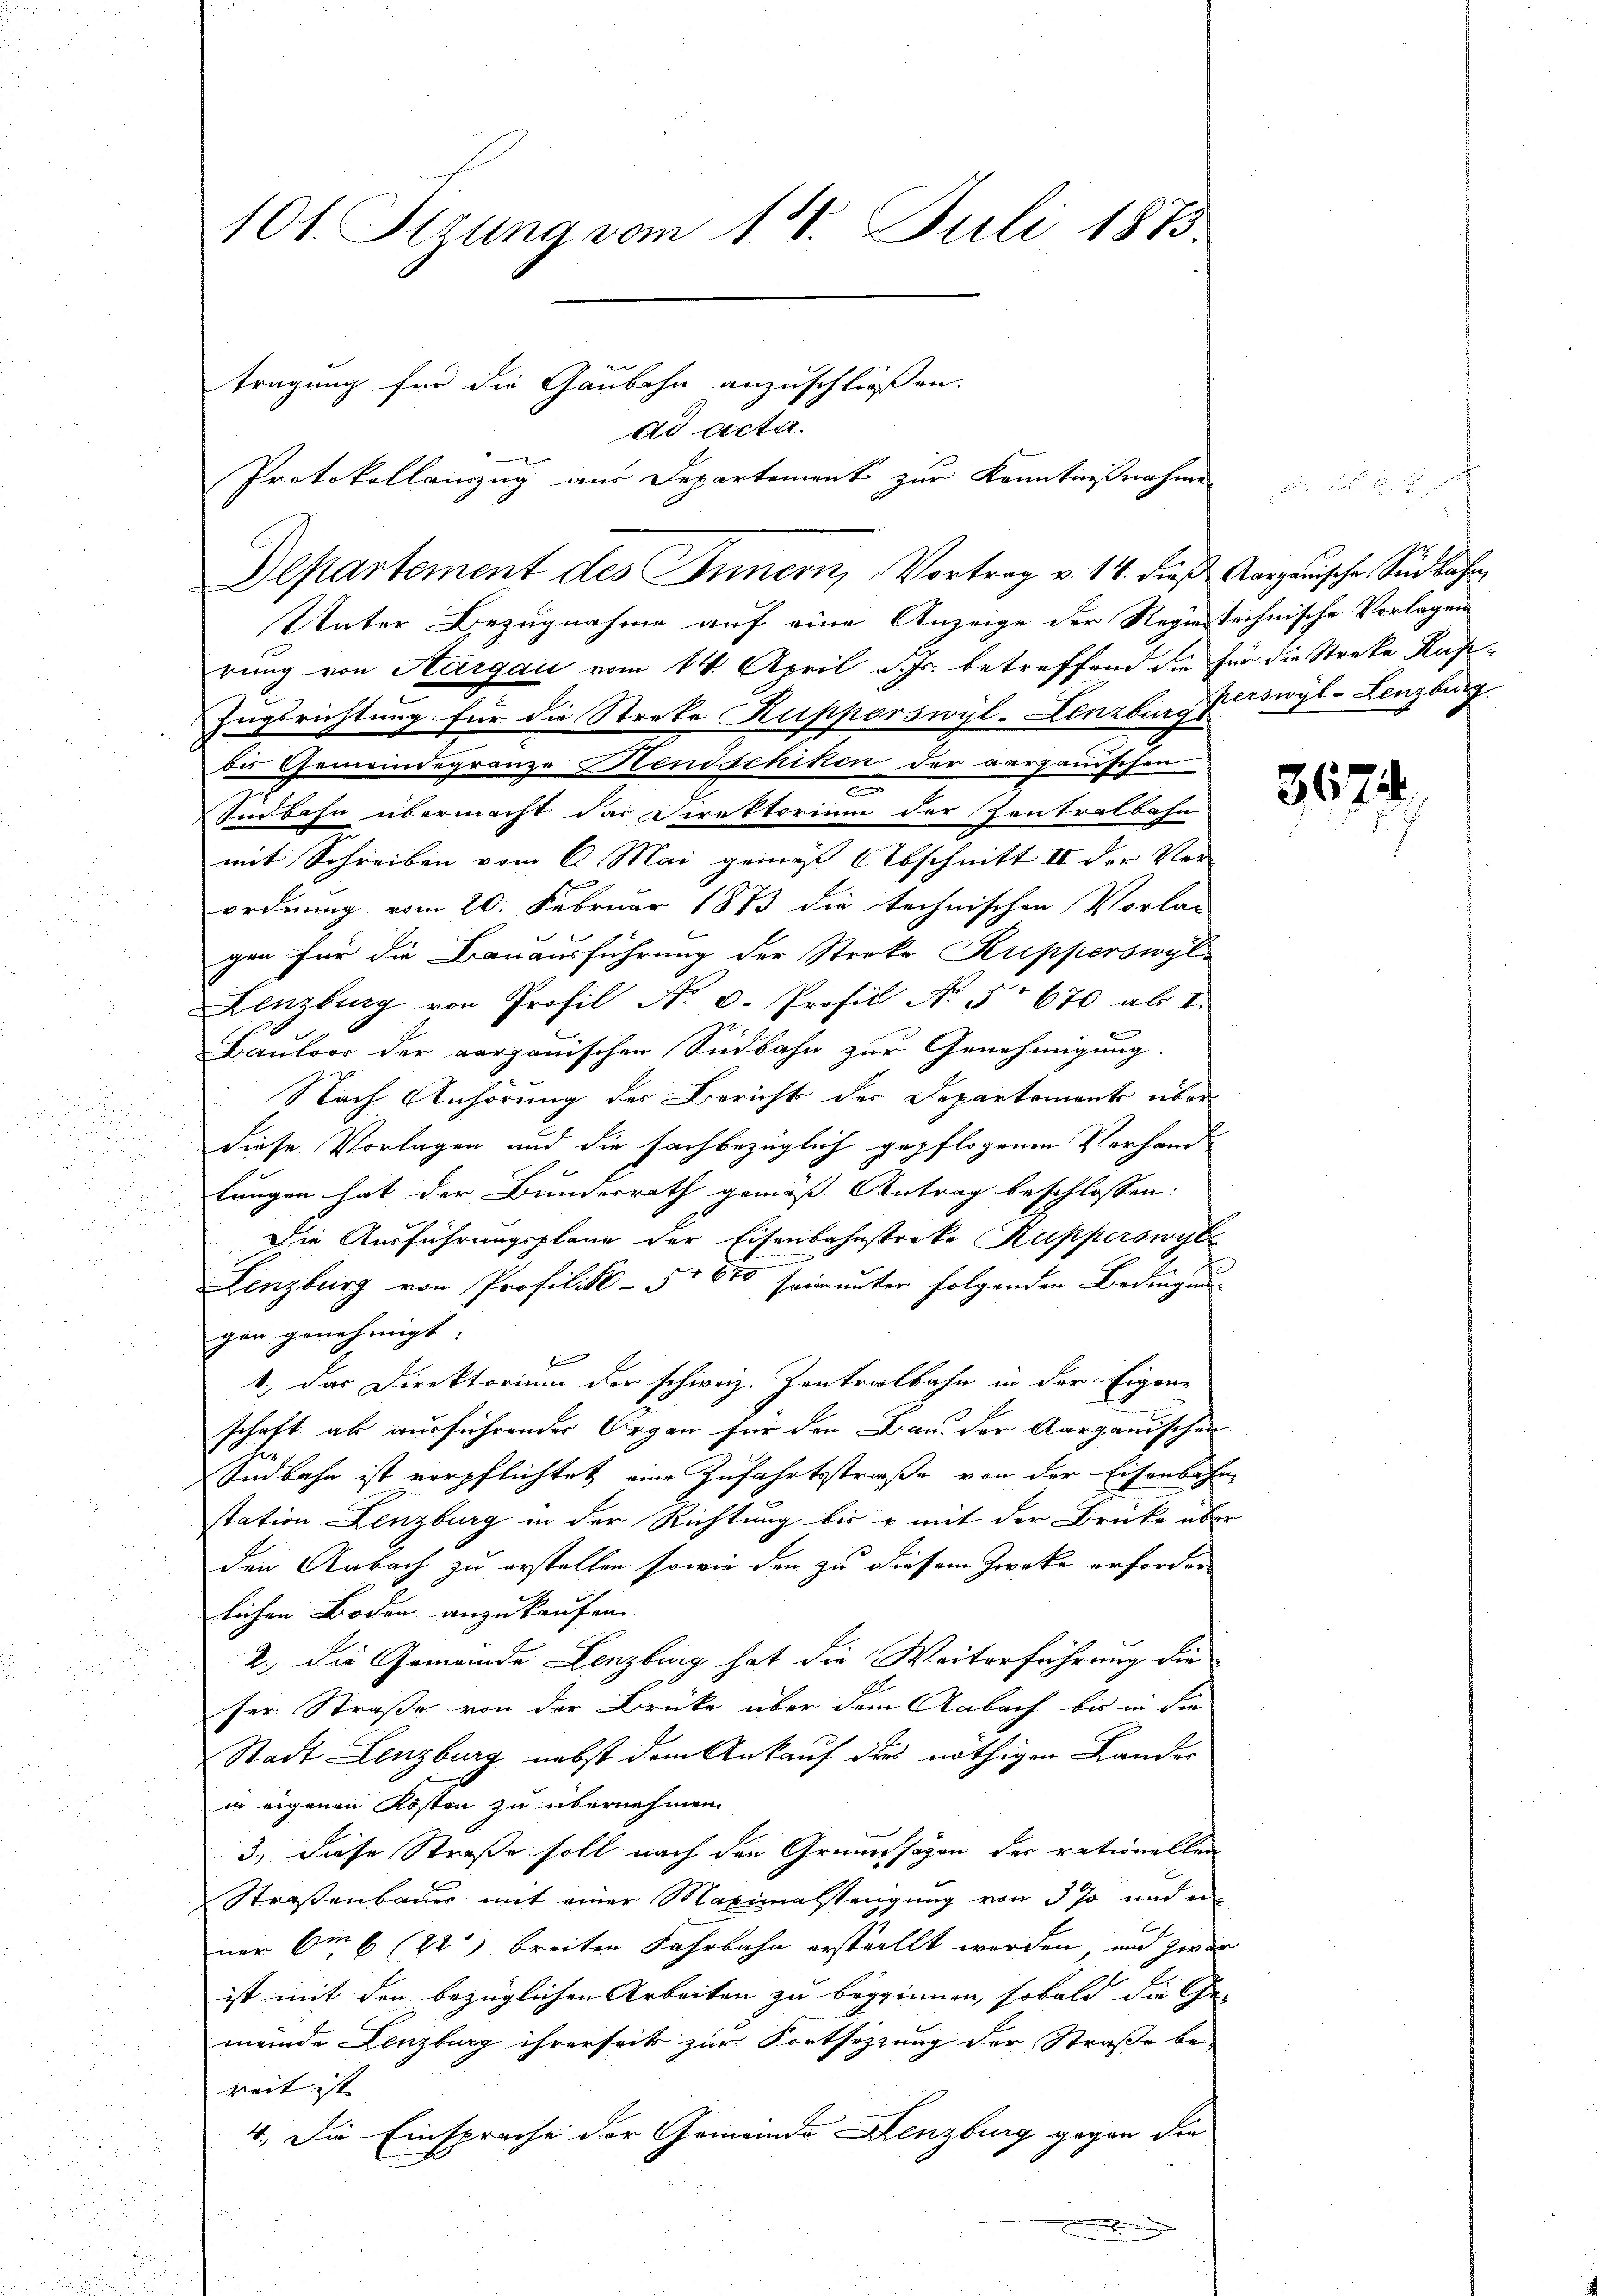
101. Szuna vom 14. Juli 1883.
tragung für die Gaubahn anzuschließen.
ad acta.
Protokollauszug aus Departement zur Kenntnißnahme

Unter Bezugnahme auf eine Anzeige der Registechnische Vorlagen
rung von Aargau vom 14. April d. Js. betreffend die für die Streke Rufe¬
Zugsrichtung für die Streke Kupperswyl-Lenzburg Ziswyl-Lenzburg
bis Gemeindegränze Hendschiken der aargauischen
n
Indbahn übermacht dar Direktorium der Zentralbahn
mit Schreiben vom 6. Mai gemäß Abschnitt II der Verordnung vom 20. Februar 1873 die technischen Vorlag
gen für die Bauausführung der Streke Kupperswyl
Lenzburg von Profil No 6. Profil No 5 670 ab u.
Bauloos der aargauischen Südbahn zur Genehmigung.
Nach Anhörung der Bericht der Departement über
diese Vorlagen und die fachbezüglich gepflogenen Vorhandlungen hat der Bundesrath gemäss Antrag beschlossen:
Die Ausführungsplane der Eisenbahnstreke Rupperswyl
n
Lenzburg von Profilik-51 610 seiner unter folgenden Bedingung
gen genehmigt.
se
1., das Direktorium der schweiz. Zentralbahn in der Eigene
schaft ab ausführender Organ für den Bau der Aargauischen
Sndbahn ist verpflichtet eine Zufahrtsstraße von der Eisenbahn-
station Lenzburg in der Richtung bis u mit der Brücke über
den Aabach zu erstellen sowie den zu diesem Zwecke erforder
lichen Boden anzukaufen.
2.) Die Gemeinde Lenzburg hat die Weiterführung die
ser Straße von der Brücke über dem Aabach bis in die
Stadt Lenzburg nebst dem Ankauf dies nöthigen Lander
in eigenen Kosten zu übernehmen.
3., diese Straße soll nach den Grunde sagen der rationellen
Straßenbauer mit einer Maximalsteigung von 3 % und ein
ner Om 6 (22’ breiten Fahrbahn erstellt werden, und zwar
ist mit den bezüglichen Arbeiten zu beginnen, sobald die Ge-
meinde Lenzburg ihrerseits zur Fortsetzung der Straße be-
weit ist |
4. Die Einsprache der Gemeinde Lenzburg gegen die
E

Departement des Innern, Vortrag v. 14. dieβ, Aargauische Südbahn,

367